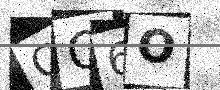
Text: OQ6O